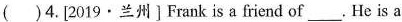
( )4. [2019·兰州〕Frank is a friend of ___. He is a